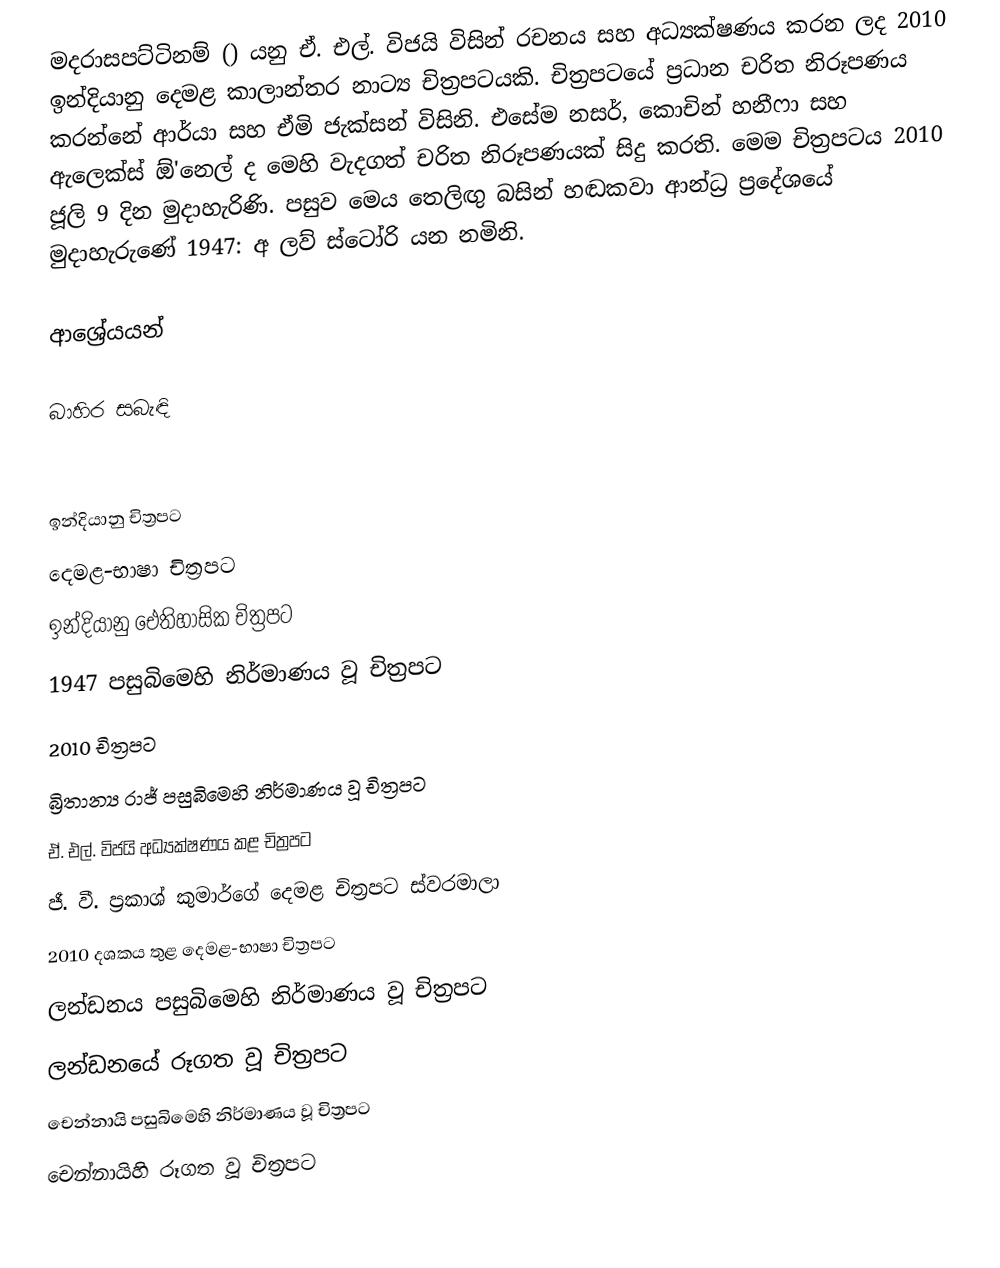
මදරාසපට්ටිනම් () යනු ඒ. එල්. විජයි විසින් රචනය සහ අධ්‍යක්ෂණය කරන ලද 2010 ඉන්දියානු දෙමළ කාලාන්තර නාට්‍ය චිත්‍රපටයකි. චිත්‍රපටයේ ප්‍රධාන චරිත නිරූපණය කරන්නේ ආර්යා සහ ඒමි ජැක්සන් විසිනි. එසේම නසර්, කොචින් හනීෆා සහ ඇලෙක්ස් ඕ'නෙල් ද මෙහි වැදගත් චරිත නිරූපණයක් සිදු කරති. මෙම චිත්‍රපටය 2010 ජූලි 9 දින මුදාහැරිණි. පසුව මෙය තෙලිඟු බසින් හඬකවා ආන්ධ්‍ර ප්‍රදේශයේ මුදාහැරුණේ 1947: අ ලව් ස්ටෝරි යන නමිනි.

ආශ්‍රේයයන්

බාහිර සබැඳි

ඉන්දියානු චිත්‍රපට
දෙමළ-භාෂා චිත්‍රපට
ඉන්දියානු ඓතිහාසික චිත්‍රපට
1947 පසුබිමෙහි නිර්මාණය වූ චිත්‍රපට
2010 චිත්‍රපට
බ්‍රිතාන්‍ය රාජ් පසුබිමෙහි නිර්මාණය වූ චිත්‍රපට
ඒ. එල්. විජයි අධ්‍යක්ෂණය කළ චිත්‍රපට
ජී. වී. ප්‍රකාශ් කුමාර්ගේ දෙමළ චිත්‍රපට ස්වරමාලා
2010 දශකය තුළ දෙමළ-භාෂා චිත්‍රපට
ලන්ඩනය පසුබිමෙහි නිර්මාණය වූ චිත්‍රපට
ලන්ඩනයේ රූගත වූ චිත්‍රපට
චෙන්නායි පසුබිමෙහි නිර්මාණය වූ චිත්‍රපට
චෙන්නායිහි රූගත වූ චිත්‍රපට